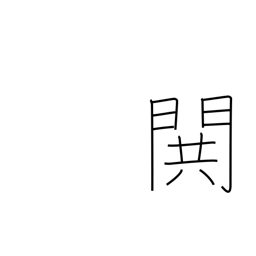
Meaning: war cry